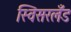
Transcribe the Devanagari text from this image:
स्विसरलँड